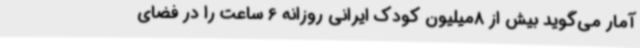
آمار می‌گوید بیش از 8‌میلیون کودک ایرانی روزانه 6 ساعت را در فضای